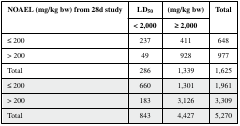
<table><thead><tr><td rowspan="2"><b>NOAEL (mg/kg bw) from 28d study</b></td><td><b>LD<sub>50</sub></b></td><td><b>(mg/kg bw)</b></td><td rowspan="2"><b>Total</b></td></tr><tr><td><b>&lt; 2,000</b></td><td><b>≥ 2,000</b></td></tr></thead><tbody><tr><td>≤ 200</td><td>237</td><td>411</td><td>648</td></tr><tr><td>&gt; 200</td><td>49</td><td>928</td><td>977</td></tr><tr><td>Total</td><td>286</td><td>1,339</td><td>1,625</td></tr><tr><td>≤ 200</td><td>660</td><td>1,301</td><td>1,961</td></tr><tr><td>&gt; 200</td><td>183</td><td>3,126</td><td>3,309</td></tr><tr><td>Total</td><td>843</td><td>4,427</td><td>5,270</td></tr></tbody></table>